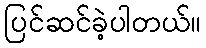
ပြင်ဆင်ခဲ့ပါတယ်။